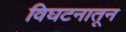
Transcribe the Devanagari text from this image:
विघटनातून